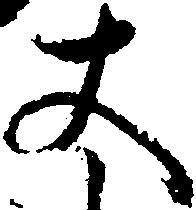
丈